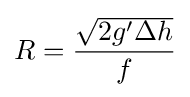
R={\frac {\sqrt {2g'\Delta h}}{f}}